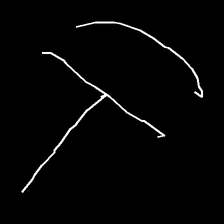
Glyph: dispersion